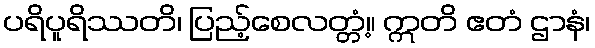
ပရိပူရိဿတိ၊ ပြည့်စေလတ္တံ့။ ဣတိ ဧတံ ဌာနံ၊